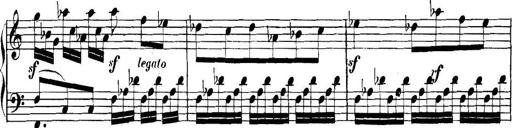
Title: Collected Piano Sonatas
Composer: Muzio Clementi